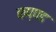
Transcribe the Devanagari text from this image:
कप्पड